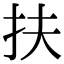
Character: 扶